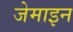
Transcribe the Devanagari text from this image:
जेमाइन